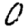
Digit: 0